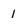
Character: 1